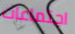
اجتماعات